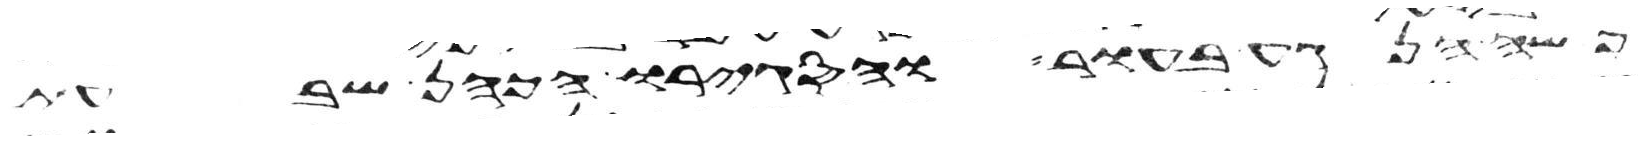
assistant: פשה הנגע בעור והסגירו הכהן שבעת